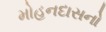
મોહનદાસનો